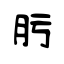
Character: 肟